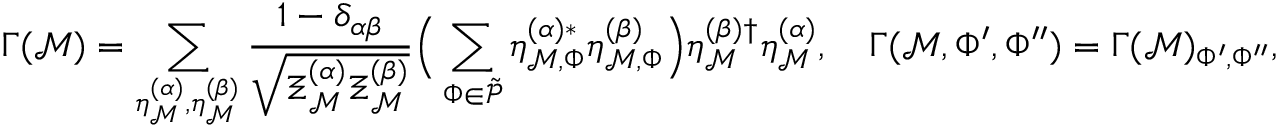
\Gamma ( \mathcal { M } ) = \sum _ { \eta _ { \mathcal { M } } ^ { ( \alpha ) } , \eta _ { \mathcal { M } } ^ { ( \beta ) } } \frac { 1 - \delta _ { \alpha \beta } } { \sqrt { \Xi _ { \mathcal { M } } ^ { ( \alpha ) } \Xi _ { \mathcal { M } } ^ { ( \beta ) } } } \Big ( \sum _ { \Phi \in \Tilde { \mathcal { P } } } \eta _ { \mathcal { M } , \Phi } ^ { ( \alpha ) * } \eta _ { \mathcal { M } , \Phi } ^ { ( \beta ) } \Big ) \eta _ { \mathcal { M } } ^ { ( \beta ) \dagger } \eta _ { \mathcal { M } } ^ { ( \alpha ) } , \quad \Gamma ( \mathcal { M } , \Phi ^ { \prime } , \Phi ^ { \prime \prime } ) = \Gamma ( \mathcal { M } ) _ { \Phi ^ { \prime } , \Phi ^ { \prime \prime } } ,